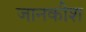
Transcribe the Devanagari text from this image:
जानकीश